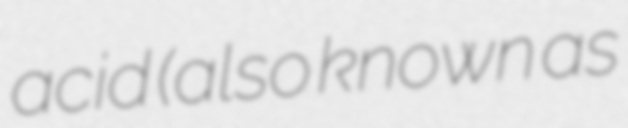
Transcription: acid (also known as